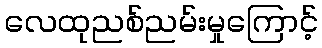
လေထုညစ်ညမ်းမှုကြောင့်